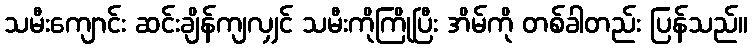
သမီးကျောင်း ဆင်းချိန်ကျလျှင် သမီးကိုကြိုပြီး အိမ်ကို တစ်ခါတည်း ပြန်သည်။